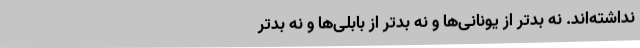
نداشته‌اند. نه بدتر از یونانی‌ها و نه بدتر از بابلی‌ها و نه بد‌تر